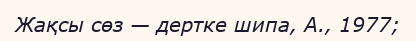
Жақсы сөз — дертке шипа, А., 1977;